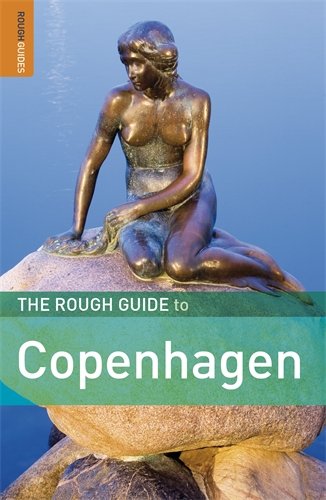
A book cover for The Rough Guide to Copenhagen 4 (Rough Guide Copehagen); Lone Mouritsen; Travel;